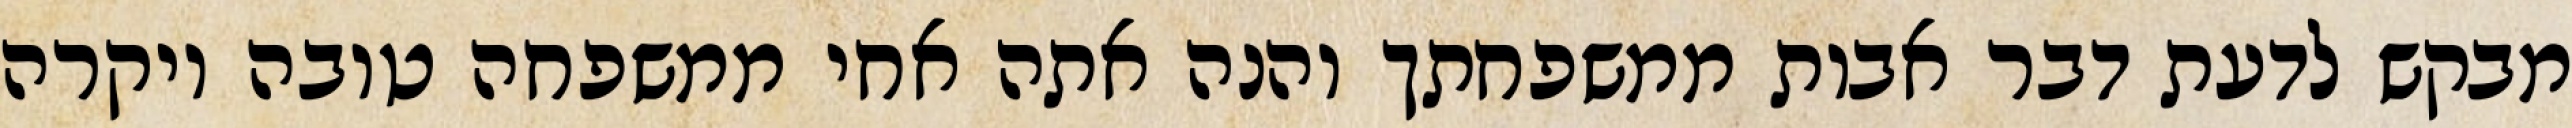
מבקש לדעת דבר אבות ממשפחתך והנה אתה אחי ממשפחה טובה ויקרה